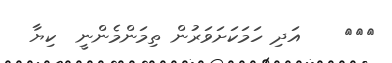
١٦٦    އަދި ހަމަކަށަވަރުން ތިމަންމެންނީ  ކިޔާ